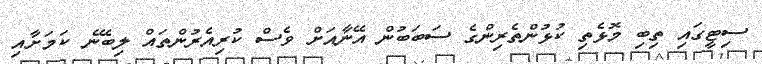
ސިޓީގައި ތިބި މޮޅެތި ކުޅުންތެރިންގެ ސަބަބުން އޭނާއަށް ވެސް ކުރިއެރުންތައް ލިބޭނެ ކަމަށާއި